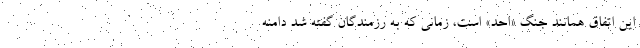
این اتفاق همانند جنگ «احد» است، زمانی که به رزمندگان گفته شد دامنه